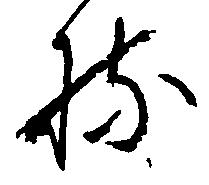
持